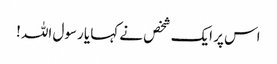
اس پر ایک شخص نے کہا یا رسول اللہ !